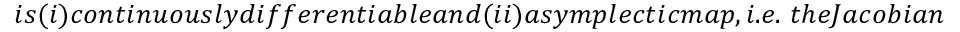
i s ( i ) c o n t i n u o u s l y d i f f e r e n t i a b l e a n d ( i i ) a s y m p l e c t i c m a p , i . e . \ t h e J a c o b i a n